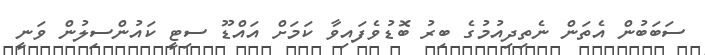
ސަބަބުން އެތަން ނެތިދިއުމުގެ ބިރު ބޮޑުވެފައިވާ ކަމަށް އައްޑޫ ސިޓީ ކައުންސިލުން ވަނީ